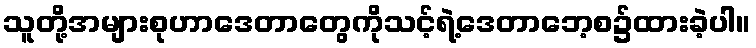
သူတို့အများစုဟာဒေတာတွေကိုသင့်ရဲ့ဒေတာဘေ့စ၌ထားခဲ့ပါ။